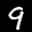
Label: 9